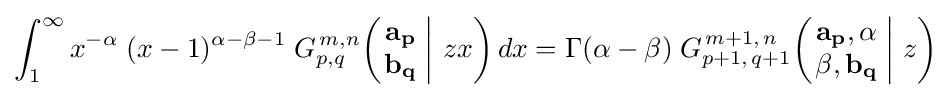
\int _{1}^{\infty }x^{-\alpha }\;(x-1)^{\alpha -\beta -1}\;G_{p,q}^{\,m,n}\!\left(\left.{\begin{matrix}\mathbf {a_{p}} \\\mathbf {b_{q}} \end{matrix}}\;\right|\,zx\right)dx=\Gamma (\alpha -\beta )\;G_{p+1,\,q+1}^{\,m+1,\,n}\!\left(\left.{\begin{matrix}\mathbf {a_{p}} ,\alpha \\\beta ,\mathbf {b_{q}} \end{matrix}}\;\right|\,z\right)